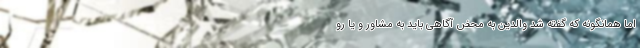
اما همانگونه که گفته شد والدین به محض آگاهی باید به مشاور و یا رو